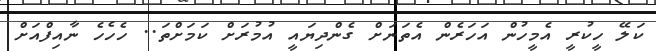
ކަލޭ ހީކުރީ އެމީހުން އަހަރެން އެތަނަށް ގެންދިޔައީ އުމުރަށް ކަމަށްތަ.. ހެހެހެ ނާއިފްއަށް